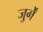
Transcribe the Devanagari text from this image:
जुर्गें